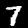
Label: 7